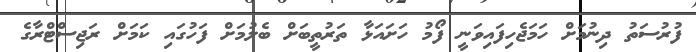
ފުރުސަތު ދިނުމަށް ހަމަޖެހިފައިވަނީ ފޯމު ހަށައަޅާ ތަރުތީބަށް ބެލުމަށް ފަހުގައި ކަމަށް ރަޖިސްޓްރާގެ